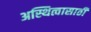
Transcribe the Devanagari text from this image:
अस्थित्वासाठी